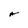
Character: A